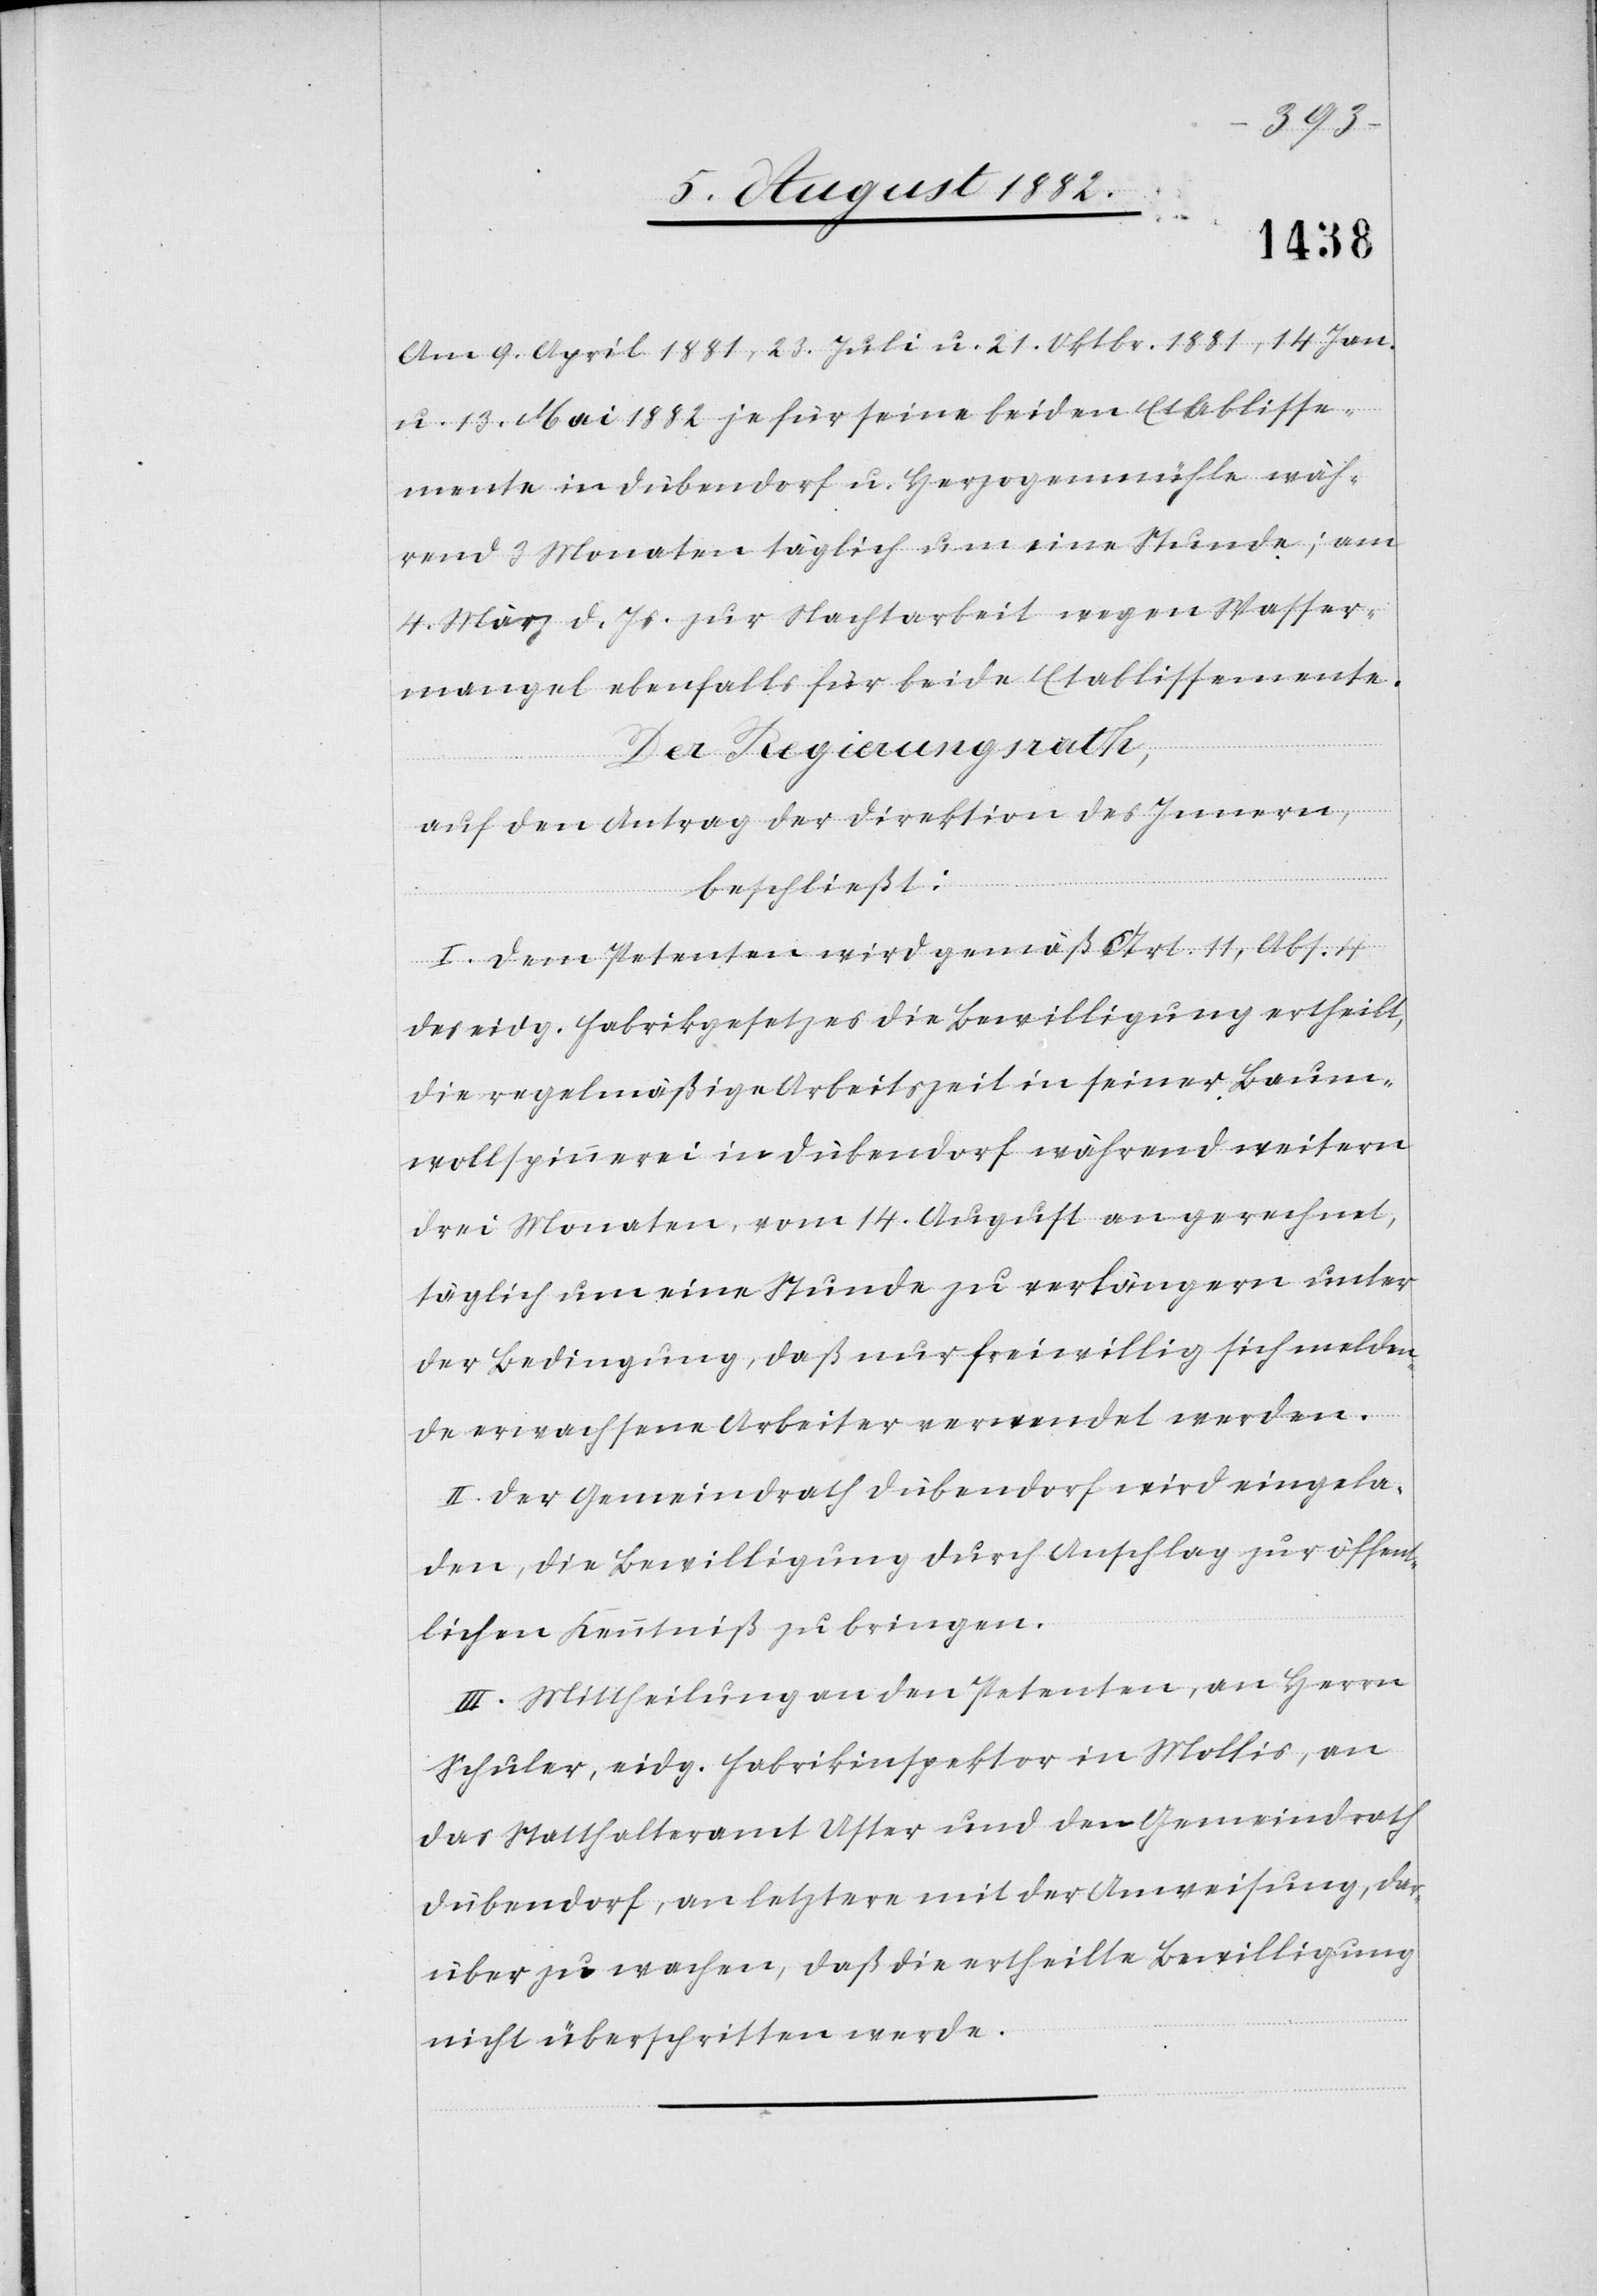
Am 9. April 1881, 23. Juli u. 21. Oktbr. 1881, 14. Jan.
u. 13. Mai 1882 je für seine beiden Etablisse¬
mente in Dübendorf u. Herzogenmühle wäh¬
rend 3 Monaten täglich um eine Stunde; am
4. März d. Js. zur Nachtarbeit wegen Wasser¬
mangel ebenfalls für beide Etablissemente.
Der Regierungsrath,
auf den Antrag der Direktion des Innern,
beschließt:
I. Dem Petenten wird gemäß Art. 11, Abs. 4
des eidg. Fabrikgesetzes die Bewilligung ertheilt,
die regelmäßige Arbeitszeit in seiner Baum¬
wollspinnerei in Dübendorf während weiterer
drei Monate, vom 14. August an gerechnet,
täglich um eine Stunde zu verlängern unter
der Bedingung, daß nur freiwillig sich melden¬
de, erwachsene Arbeiter verwendet werden.
II. Der Gemeindrath Dübendorf wird eingela¬
den, die Bewilligung durch Anschlag zur öffent¬
lichen Kenntniß zu bringen.
III. Mittheilung an den Petenten, an Herrn
Schuler, eidg. Fabrikinspektor in Mollis, an
das Statthalteramt Uster und den Gemeindrath
Dübendorf, an letztere mit der Anweisung, dar¬
über zu wachen, daß die ertheilte Bewilligung
nicht überschritten werde.